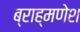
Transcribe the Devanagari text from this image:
ब्राह्मणेश